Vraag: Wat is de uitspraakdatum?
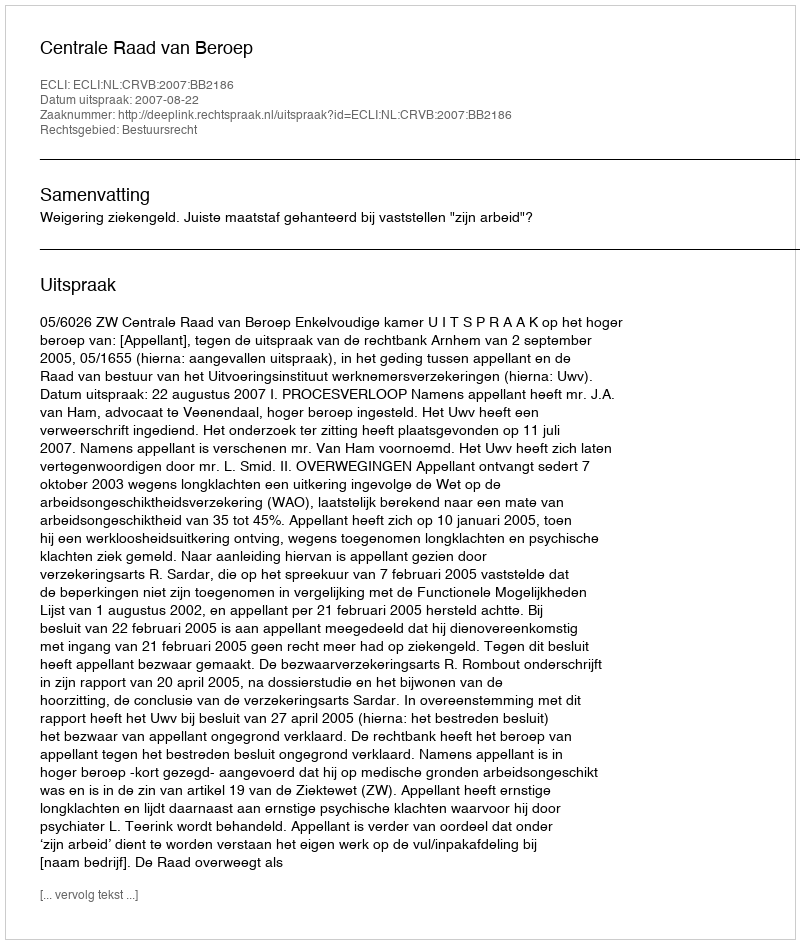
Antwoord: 2007-08-22